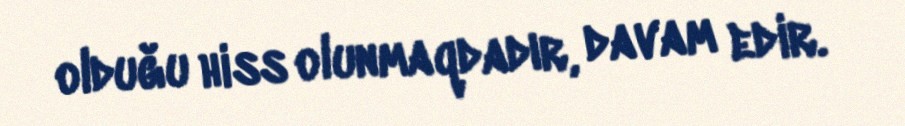
olduğu hiss olunmaqdadır, davam edir.